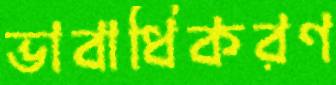
ভাবাধিকরণ